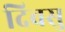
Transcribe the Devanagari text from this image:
दिवसु